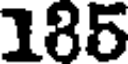
185